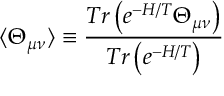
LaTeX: \langle \Theta _ { \mu \nu } \rangle \equiv \frac { T r \left( e ^ { - H / T } \Theta _ { \mu \nu } \right) } { T r \left( e ^ { - H / T } \right) }